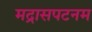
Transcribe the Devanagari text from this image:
मद्रासपटनम